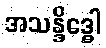
အသန္ဒိဒ္ဓေါ